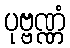
ပုဗ္ဗဏ္ဏံ